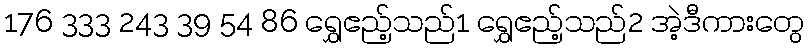
176 333 243 39 54 86 ရွှေဧည့်သည်1 ရွှေဧည့်သည်2 အဲ့ဒီကားတွေ